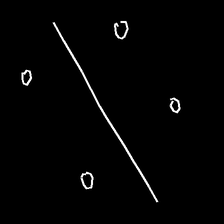
Glyph: cool